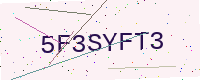
Text: 5F3SYFT3